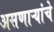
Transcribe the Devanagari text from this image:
असणाऱ्यांचे